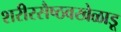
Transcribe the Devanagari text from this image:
शरीरसैष्ठवखेळाडू